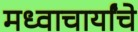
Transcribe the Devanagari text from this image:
मध्वाचार्यांचे